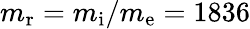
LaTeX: m_{\mathrm{r}}=m_{\mathrm{i}}/m_{\mathrm{e}}=1836